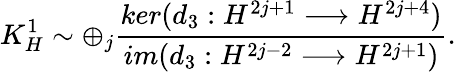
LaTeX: K_{H}^{1}\sim\oplus_{j}\frac{ker(d_{3}:H^{2j+1}\longrightarrow H^{2j+4})}{im(d_{3}:H^{2j-2}\longrightarrow H^{2j+1})}.